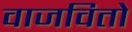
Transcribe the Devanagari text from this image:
वाजवितो